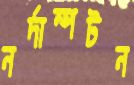
নর্দাম্পটন